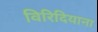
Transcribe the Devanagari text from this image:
विरिदियाना